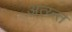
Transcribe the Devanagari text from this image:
अत्य्न्त